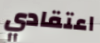
اعتقادي